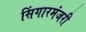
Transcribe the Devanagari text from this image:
सिंगारमंजरी